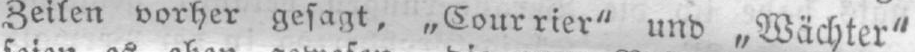
Zeilen vorher gesagt, „Courrier“ und „Wächter“